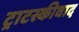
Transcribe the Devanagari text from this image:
ट्राटस्कीवाद